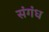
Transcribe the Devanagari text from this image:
संगंध